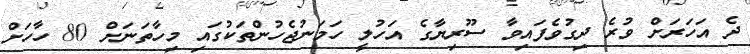
ދެ އަހަރަށް ވުރެ ދިގުވެފައިވާ ސޫރިޔާގެ އަހުލީ ހަމަނުޖެހުންތަކުގައި މިހާތަނަށް 80 ހާހަށް